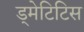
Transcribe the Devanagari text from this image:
ड्मेटिटिस